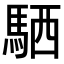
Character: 𫘊